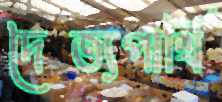
দৈত্যপাখি